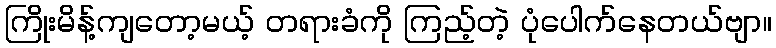
ကြိုးမိန့်ကျတော့မယ့် တရားခံကို ကြည့်တဲ့ ပုံပေါက်နေတယ်ဗျာ။